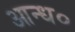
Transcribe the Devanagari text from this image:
आन्ध०